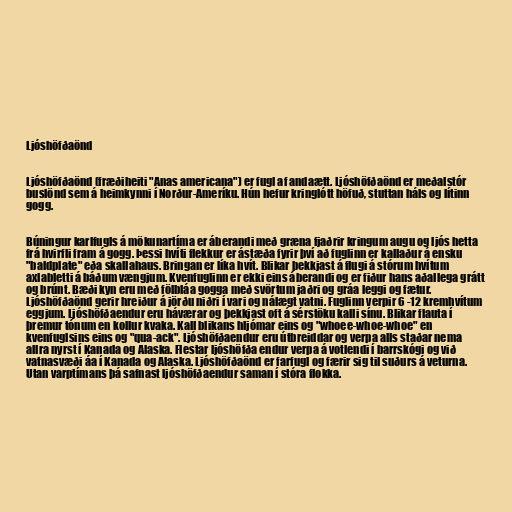
Ljóshöfðaönd

Ljóshöfðaönd (fræðiheiti "Anas americana") er fugl af andaætt. Ljóshöfðaönd er meðalstór
buslönd sem á heimkynni í Norður-Ameríku. Hún hefur kringlótt höfuð, stuttan háls og lítinn
gogg.

Búningur karlfugls á mökunartíma er áberandi með græna fjaðrir kringum augu og ljós hetta
frá hvirfli fram á gogg. Þessi hvíti flekkur er ástæða fyrir því að fuglinn er kallaður á ensku
"baldplate" eða skallahaus. Bringan er líka hvít. Blikar þekkjast á flugi á stórum hvítum
axlabletti á báðum vængjum. Kvenfuglinn er ekki eins áberandi og er fiður hans aðallega grátt
og brúnt. Bæði kyn eru með fölbláa gogga með svörtum jaðri og gráa leggi og fætur.
Ljóshöfðaönd gerir hreiður á jörðu niðri í vari og nálægt vatni. Fuglinn verpir 6 -12 kremhvítum
eggjum. Ljóshöfðaendur eru háværar og þekkjast oft á sérstöku kalli sínu. Blikar flauta í
þremur tónum en kollur kvaka. Kall blikans hljómar eins og "whoee-whoe-whoe" en
kvenfuglsins eins og "qua-ack". Ljóshöfðaendur eru útbreiddar og verpa alls staðar nema
allra nyrst í Kanada og Alaska. Flestar ljóshöfða endur verpa á votlendi í barrskógi og við
vatnasvæði áa í Kanada og Alaska. Ljóshöfðaönd er farfugl og færir sig til suðurs á veturna.
Utan varptímans þá safnast ljóshöfðaendur saman í stóra flokka.